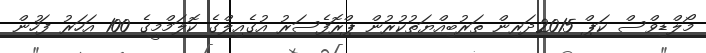
މޯލްޑިވްސް ކަޕް 2015ދަރިން ތަރުބިއްޔަތުކުރުން ޕްރޮފެސަރު އުގެއިލްގެ ކޮލަމްމީގެ 100 އަހަރު ފަހުން